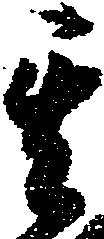
其